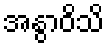
အနွာဝိသိ